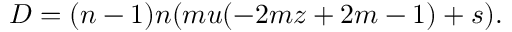
D = ( n - 1 ) n ( m u ( - 2 m z + 2 m - 1 ) + s ) .